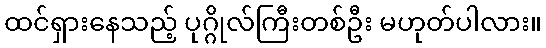
ထင်ရှားနေသည့် ပုဂ္ဂိုလ်ကြီးတစ်ဦး မဟုတ်ပါလား။